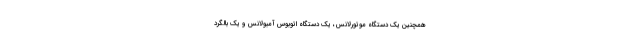
همچنین یک دستگاه موتورلانس، یک دستگاه اتوبوس آمبولانس و یک بالگرد